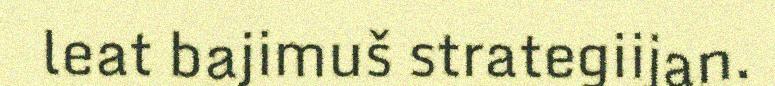
leat bajimuš strategiijan.